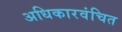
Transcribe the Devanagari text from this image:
अधिकारवंचित